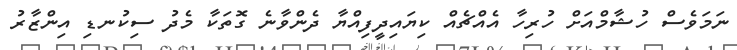
ނަމަވެސް ހުޝާމްއަށް ހުރިހާ އެއްޗެއް ކިޔައިދީފިއްޔާ ދެންވާނެ ގޮތަކާ މެދު ސިކުނޑި އިންޒާރު